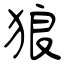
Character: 狼